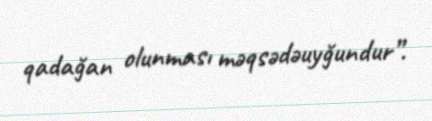
qadağan olunması məqsədəuyğundur”.